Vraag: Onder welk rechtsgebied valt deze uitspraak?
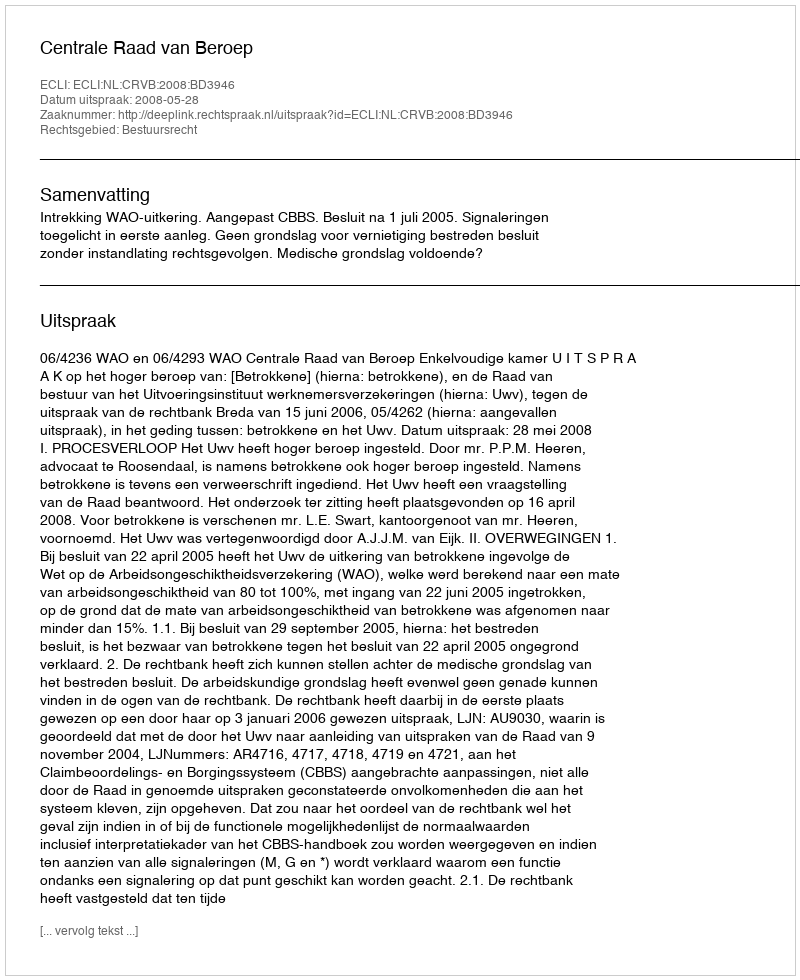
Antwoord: Bestuursrecht